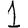
Digit: 1